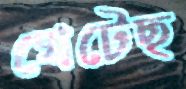
খেটেছ